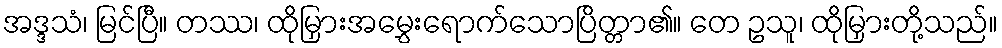
အဒ္ဒသံ၊ မြင်ပြီ။ တဿ၊ ထိုမြှားအမွှေးရောက်သောပြိတ္တာ၏။ တေ ဥသူ၊ ထိုမြှားတို့သည်။